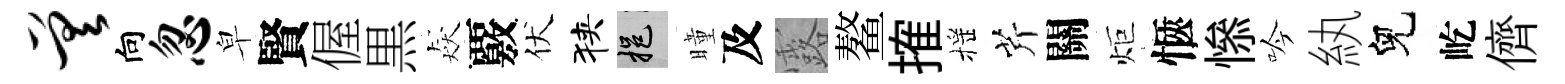
差向忽皁賢偓黒猋覈伏狭挹曈及露鳌搉摇芹關炬愜𢡖吟紈兒屹儕